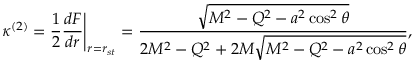
\left. \kappa ^ { ( 2 ) } = \frac { 1 } { 2 } \frac { d F } { d r } \right| _ { r = r _ { s t } } = \frac { \sqrt { M ^ { 2 } - Q ^ { 2 } - a ^ { 2 } \cos ^ { 2 } \theta } } { 2 M ^ { 2 } - Q ^ { 2 } + 2 M \sqrt { M ^ { 2 } - Q ^ { 2 } - a ^ { 2 } \cos ^ { 2 } \theta } } ,